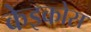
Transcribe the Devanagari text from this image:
केइकोस